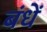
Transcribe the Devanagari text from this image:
बंधें